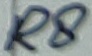
Text: R8